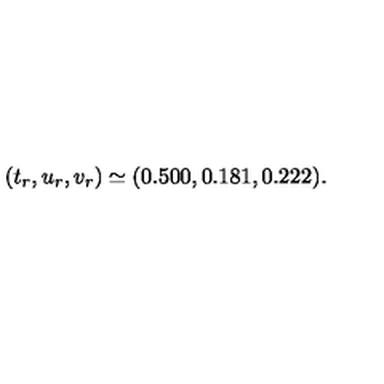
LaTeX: ( t _ { r } , u _ { r } , v _ { r } ) \simeq ( 0 . 5 0 0 , 0 . 1 8 1 , 0 . 2 2 2 ) .